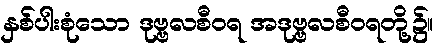
နှစ်ပါးစုံသော ဒုဗ္ဗလစီဝရ အဒုဗ္ဗလစီဝရတို့၌။